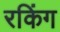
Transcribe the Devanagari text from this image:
रकिंग